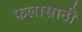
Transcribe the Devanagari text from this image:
फलासाठी